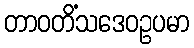
တာဝတိံသဒေဝဥပမာ